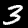
Label: 3